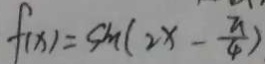
f ( x ) = \sin ( 2 x - \frac { \pi } { 4 } )